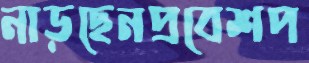
নাড়ছেনপ্রবেশপ